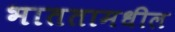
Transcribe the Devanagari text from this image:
भाततामधील